Report on vaccination in Madras 1922-1929 - 1922-1929
Year: 1922
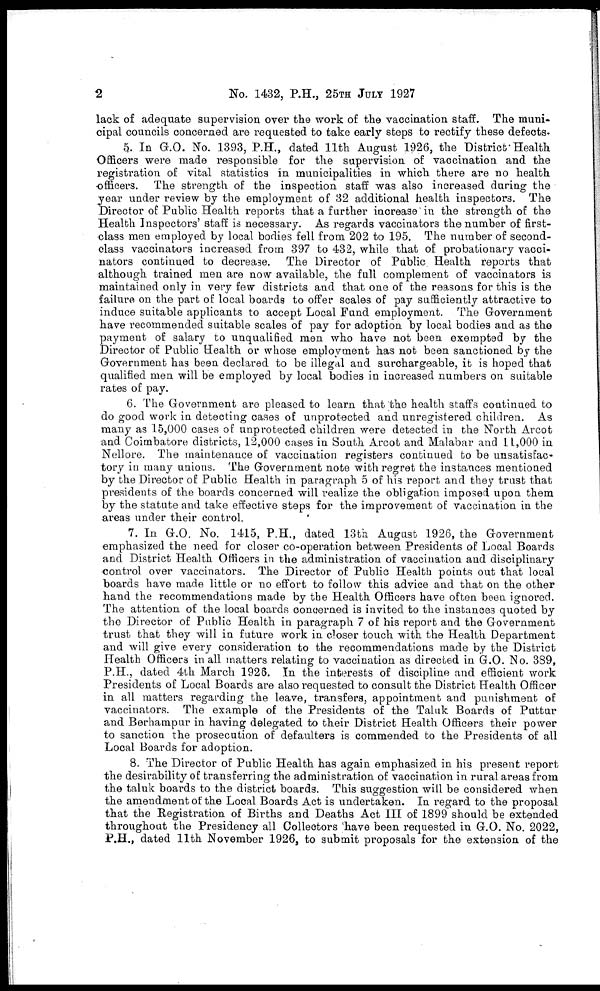
2
No. 1432, P.H., 25TH JULY 1927
lack of adequate supervision over the work of the vaccination staff. The muni-
cipal councils concerned are requested to take early steps to rectify these defects.
5. In G.O. No. 1393, P.H., dated 11th August 1926, the District Health
Officers were made responsible for the supervision of vaccination and the
registration of vital statistics in municipalities in which there are no health
officers. The strength of the inspection staff was also increased during the
year under review by the employment of 32 additional health inspectors. The
Director of Public Health reports that a further increase in the strength of the
Health Inspectors' staff is necessary. As regards vaccinators the number of first-
class men employed by local bodies fell from 202 to 195. The number of second-
class vaccinators increased from 397 to 432, while that of probationary vacci-
nators continued to decrease. The Director of Public Health reports that
although trained men are now available, the full complement of vaccinators is
maintained only in very few districts and that one of the reasons for this is the
failure on the part of local boards to offer scales of pay sufficiently attractive to
induce suitable applicants to accept Local Fund employment. The Government
have recommended suitable scales of pay for adoption by local bodies and as the
payment of salary to unqualified men who have not been exempted by the
Director of Public Health or whose employment has not been sanctioned by the
Government has been declared to be illegal and surchargeable, it is hoped that
qualified men will be employed by local bodies in increased numbers on suitable
rates of pay.
6. The Government are pleased to learn that the health staffs continued to
do good work in detecting cases of unprotected and unregistered children. As
many as 15,000 cases of unprotected children were detected in the North Arcot
and Coimbatore districts, 12,000 cases in South Arcot and Malabar and 11,000 in
Nellore. The maintenance of vaccination registers continued to be unsatisfac-
tory in many unions. The Government note with regret the instances mentioned
by the Director of Public Health in paragraph 5 of his report and they trust that
presidents of the boards concerned will realize the obligation imposed upon them
by the statute and take effective steps for the improvement of vaccination in the
areas under their control.
7. In G.O. No. 1415, P.H., dated 13th August 1926, the Government
emphasized the need for closer co-operation between Presidents of Local Boards
and District Health Officers in the administration of vaccination and disciplinary
control over vaccinators. The Director of Public Health points out that local
boards have made little or no effort to follow this advice and that on the other
hand the recommendations made by the Health Officers have often been ignored.
The attention of the local boards concerned is invited to the instances quoted by
the Director of Public Health in paragraph 7 of his report and the Government
trust that they will in future work in closer touch with the Health Department
and will give every consideration to the recommendations made by the District
Health Officers in all matters relating to vaccination as directed in G.O. No. 389,
P.H., dated 4th March 1926. In the interests of discipline and efficient work
Presidents of Local Boards are also requested to consult the District Health Officer
in all matters regarding the leave, transfers, appointment and punishment of
vaccinators. The example of the Presidents of the Taluk Boards of Puttur
and Berhampur in having delegated to their District Health Officers their power
to sanction the prosecution of defaulters is commended to the Presidents of all
Local Boards for adoption.
8. The Director of Public Health has again emphasized in his present report
the desirability of transferring the administration of vaccination in rural areas from
the taluk boards to the district boards. This suggestion will be considered when
the amendment of the Local Boards Act is undertaken. In regard to the proposal
that the Registration of Births and Deaths Act III of 1899 should be extended
throughout the Presidency all Collectors have been requested in G.O. No. 2022,
P.H., dated 11th November 1926, to submit proposals for the extension of the